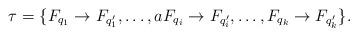
LaTeX: \begin{align*}\tau=\{F_{q_1} \to F_{q'_1}, \dots, a F_{q_i} \to F_{q'_i},\dots,F_{q_k} \to F_{q'_k} \}.\end{align*}